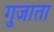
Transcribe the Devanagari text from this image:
गुजाता